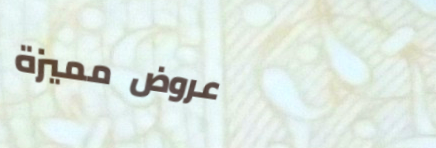
عروض مميزة